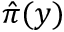
\hat { \pi } ( y )